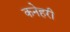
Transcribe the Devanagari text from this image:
कनेहरी